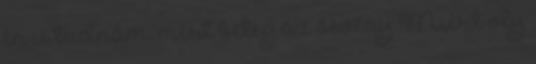
én is tudnám, mért beteg az ösvény Miért oly